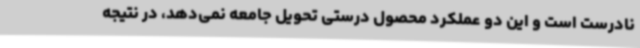
نادرست است و این دو عملکرد محصول درستی تحویل جامعه نمی‌دهد، در نتیجه